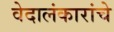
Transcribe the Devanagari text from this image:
वेदालंकारांचे